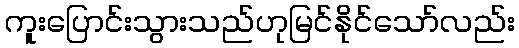
ကူးပြောင်းသွားသည်ဟုမြင်နိုင်သော်လည်း